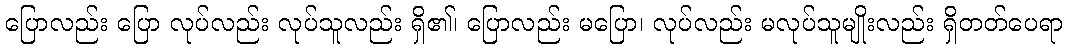
ပြောလည်း ပြော လုပ်လည်း လုပ်သူလည်း ရှိ၏၊ ပြောလည်း မပြော၊ လုပ်လည်း မလုပ်သူမျိုးလည်း ရှိတတ်ပေရာ